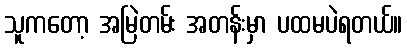
သူကတော့ အမြဲတမ်း အတန်းမှာ ပထမပဲရတယ်။